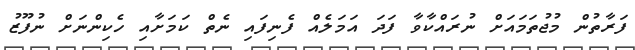
ފަރާތުން މުޖުތަމައަށް ނުރައްކާވާ ފަދަ އަމަލެއް ފެނިފައި ނެތް ކަމަށާއި ހެކިންނަށް ނުފޫޒު